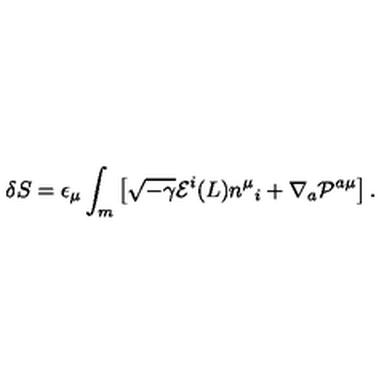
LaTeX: \delta S = \epsilon _ { \mu } \int _ { m } \left[ \sqrt { - \gamma } { \cal E } ^ { i } ( L ) n ^ { \mu } { } _ { i } + \nabla _ { a } { \cal P } ^ { a \mu } \right] .